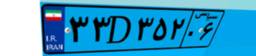
۰۳D۸۳۴۵۲